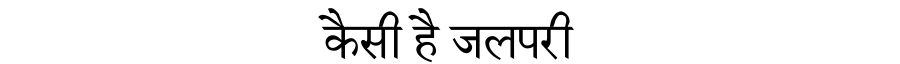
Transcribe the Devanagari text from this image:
कैसी है जलपरी